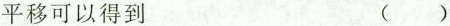
平移可以得到 ( )